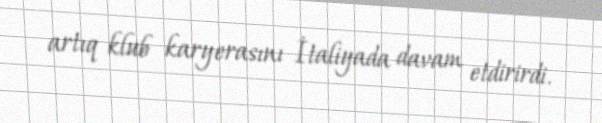
artıq klub karyerasını İtaliyada davam etdirirdi.